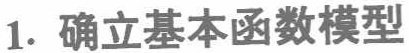
1. 确立基本函数模型